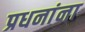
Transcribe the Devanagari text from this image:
प्रधनांना